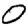
Digit: 0